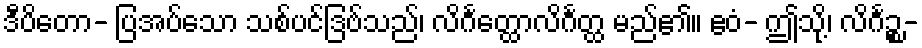
ဒီပိတော- ပြအပ်သော သစ်ပင်ဒြဗ်သည်၊ လိင်္ဂတ္ထောလိင်္ဂတ္ထ မည်၏။ ဧဝံ- ဤသို့၊ လိင်္ဂဉ္စ-